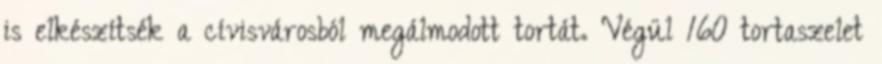
is elkészítsék a cívisvárosból megálmodott tortát. Végül 160 tortaszelet